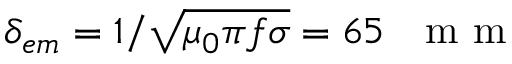
\delta _ { e m } = 1 / \sqrt { \mu _ { 0 } \pi f \sigma } = 6 5 \textrm { ~ m m }